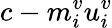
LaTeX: c-m_{i}^{v}u_{i}^{v}